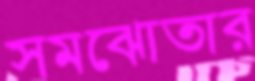
সমঝোতার